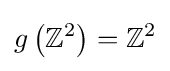
g\left(\mathbb {Z} ^{2}\right)=\mathbb {Z} ^{2}